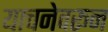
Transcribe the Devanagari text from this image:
याचनेवरून